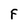
Character: F